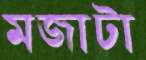
মজাটা